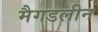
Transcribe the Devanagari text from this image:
मैगडलीन